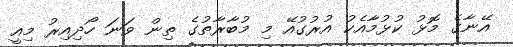
އޭނާގެ މޮޅު ކުޅުމާއެކު އުރުގުއޭ މި މުބާރާތުގެ ތިން ވަނަ ހޯދިއިރު މިއީ